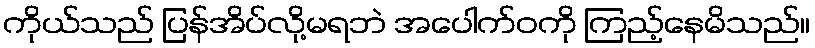
ကိုယ်သည် ပြန်အိပ်လို့မရဘဲ အပေါက်ဝကို ကြည့်နေမိသည်။